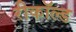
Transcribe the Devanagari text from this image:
रीकॉल्ड